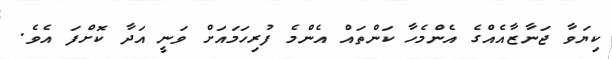
ކިޔަވާ ޖަނާޒާއެއްގެ އެންމެހާ ކަންތައް އެންމެ ފުރިހަމައަށް ވަނީ އަދާ ކޮށްފަ އެވެ.